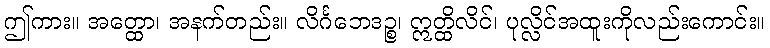
ဤကား။ အတ္ထော၊ အနက်တည်း။ လိင်္ဂဘေဒဉ္စ၊ ဣတ္ထိလိင်၊ ပုလ္လိင်အထူးကိုလည်းကောင်း။